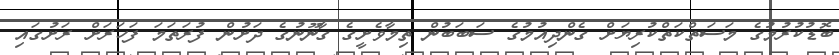
ބޮޑުކުރުމުގެ މަސަތްކަތްކުރިޔަށް ގެންދިއުމުގެ ސަބަބުން ތިމާވެށީގެ ގާނޫނުގެ ދަށުން ފުރަތަމަ ފަހަރަށް ރަށުގައި